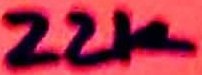
Text: 22K